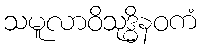
သမူလာဝိသုဒ္ဓိနဝကံ